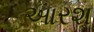
આરશ